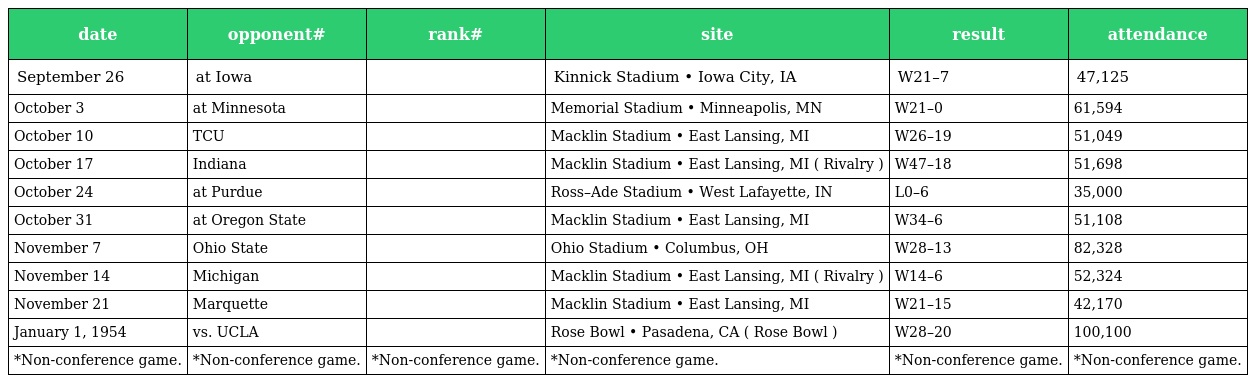
| date | opponent# | rank# | site | result | attendance |
 | --- | --- | --- | --- | --- | --- |
 | September 26 | at Iowa |  | Kinnick Stadium • Iowa City, IA | W21–7 | 47,125 |
 | October 3 | at Minnesota |  | Memorial Stadium • Minneapolis, MN | W21–0 | 61,594 |
 | October 10 | TCU |  | Macklin Stadium • East Lansing, MI | W26–19 | 51,049 |
 | October 17 | Indiana |  | Macklin Stadium • East Lansing, MI ( Rivalry ) | W47–18 | 51,698 |
 | October 24 | at Purdue |  | Ross–Ade Stadium • West Lafayette, IN | L0–6 | 35,000 |
 | October 31 | at Oregon State |  | Macklin Stadium • East Lansing, MI | W34–6 | 51,108 |
 | November 7 | Ohio State |  | Ohio Stadium • Columbus, OH | W28–13 | 82,328 |
 | November 14 | Michigan |  | Macklin Stadium • East Lansing, MI ( Rivalry ) | W14–6 | 52,324 |
 | November 21 | Marquette |  | Macklin Stadium • East Lansing, MI | W21–15 | 42,170 |
 | January 1, 1954 | vs. UCLA |  | Rose Bowl • Pasadena, CA ( Rose Bowl ) | W28–20 | 100,100 |
 | *Non-conference game. | *Non-conference game. | *Non-conference game. | *Non-conference game. | *Non-conference game. | *Non-conference game. |